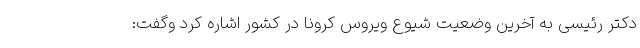
دکتر رئیسی به آخرین وضعیت شیوع ویروس کرونا در کشور اشاره کرد وگفت: